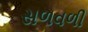
સળવળી